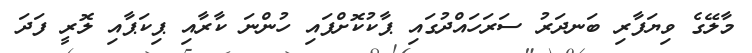
މާލޭގެ ވިޔަފާރި ބަނދަރު ސަރަހައްދުގައި ޕާކުކޮށްފައި ހުންނަ ކާރާއި ޕިކަޕާއި ލޮރީ ފަދަ